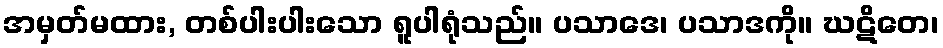
အမှတ်မထား, တစ်ပါးပါးသော ရူပါရုံသည်။ ပသာဒေ၊ ပသာဒကို။ ဃဋိတေ၊